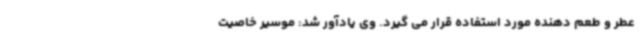
عطر و طعم دهنده مورد استفاده قرار می گیرد. وی یادآور شد: موسیر خاصیت